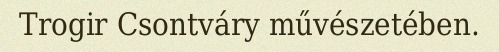
Trogir Csontváry művészetében.